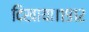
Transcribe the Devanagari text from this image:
दिखाया।१९१२